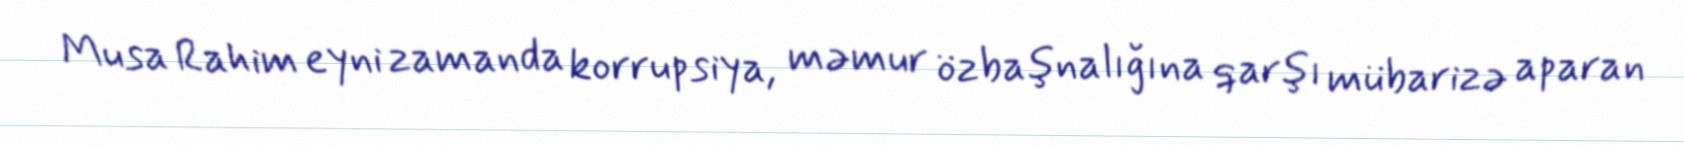
Musa Rahim eyni zamanda korrupsiya, məmur özbaşnalığına qarşı mübarizə aparan